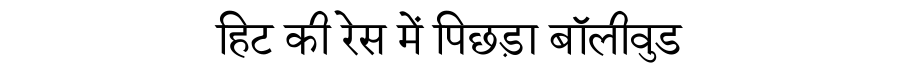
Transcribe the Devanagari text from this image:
हिट की रेस में पिछड़ा बॉलीवुड